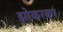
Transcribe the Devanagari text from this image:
झोकरकर